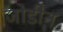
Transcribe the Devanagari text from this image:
जोडीन